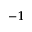
^ { - 1 }